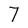
Character: 7